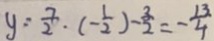
y = \frac { 7 } { 2 } \cdot ( - \frac { 1 } { 2 } ) - \frac { 3 } { 2 } = - \frac { 1 3 } { 4 }